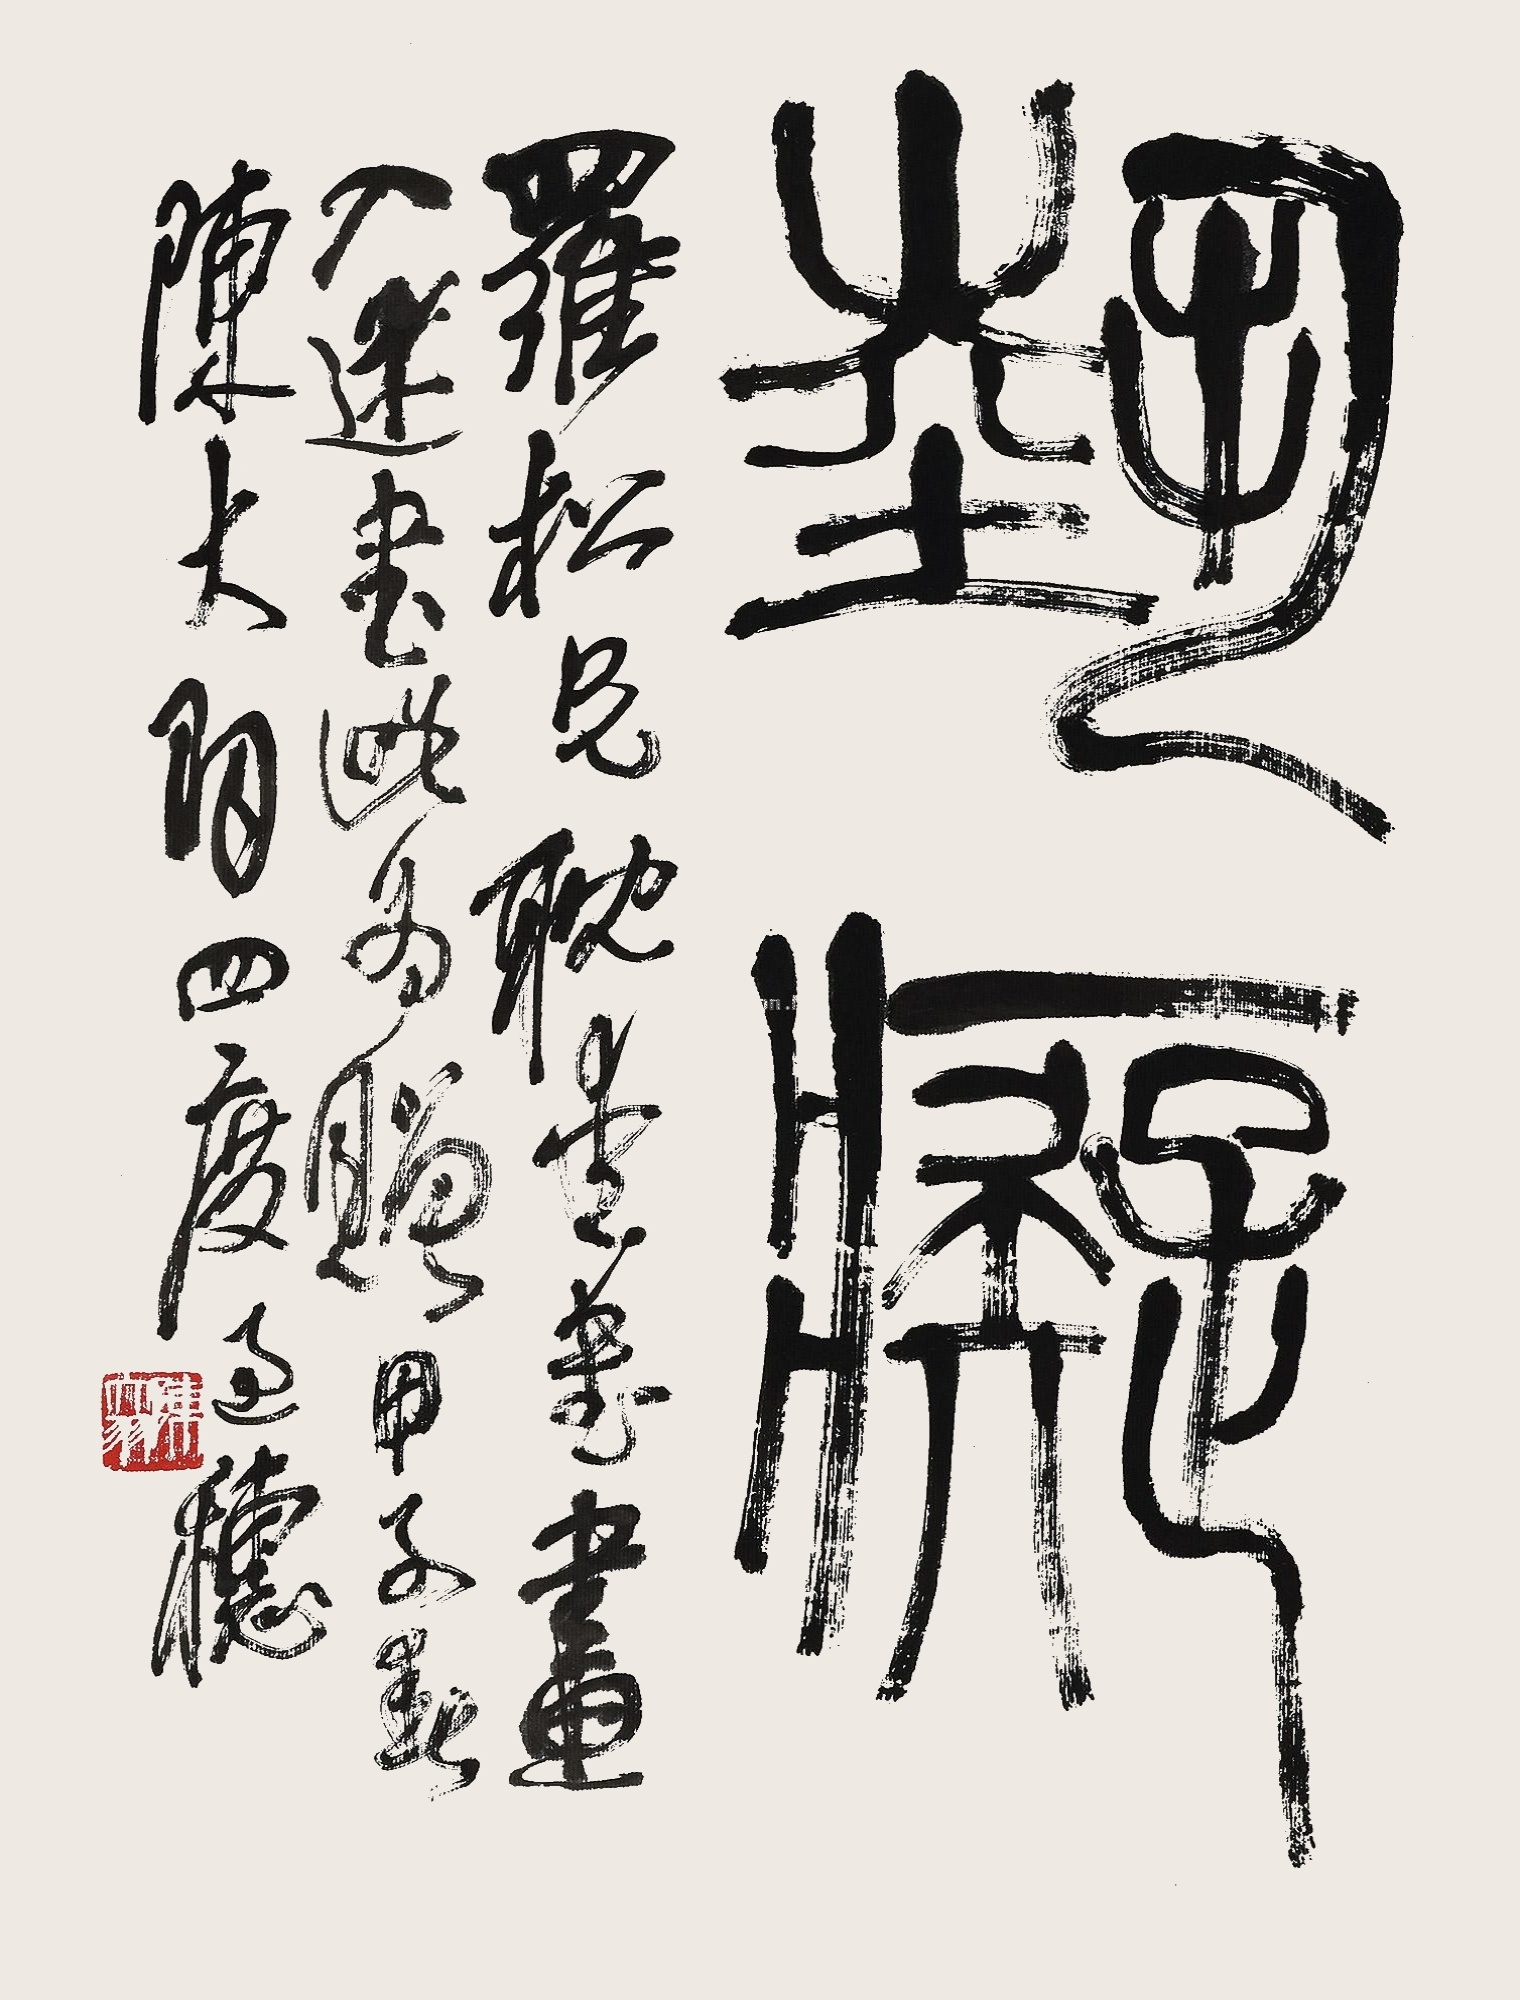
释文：艺痴罗松兄耽堂书画入迷，书此为赠甲子（1984年）春，陈大羽四度过穗。